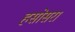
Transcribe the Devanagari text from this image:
हसोसरा